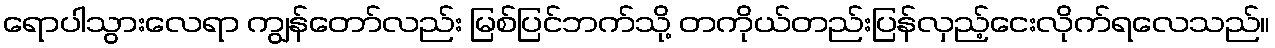
ရောပါသွားလေရာ ကျွန်တော်လည်း မြစ်ပြင်ဘက်သို့ တကိုယ်တည်းပြန်လှည့်ငေးလိုက်ရလေသည်။